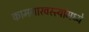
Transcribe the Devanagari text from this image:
कामगारवस्त्यांमध्ये